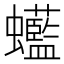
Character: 𧕭